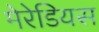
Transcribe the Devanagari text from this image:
मेरेडियस